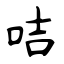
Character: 咭